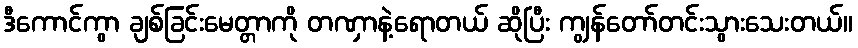
ဒီကောင်ကွာ ချစ်ခြင်းမေတ္တာကို တဏှာနဲ့ရောတယ် ဆိုပြီး ကျွန်တော်တင်းသွားသေးတယ်။